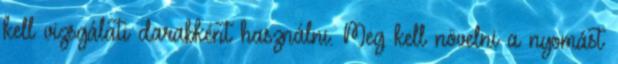
kell vizsgálati darabként használni. Meg kell növelni a nyomást